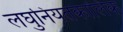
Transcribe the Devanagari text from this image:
लघुनियतकालिक